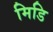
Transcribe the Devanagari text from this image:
मिडि